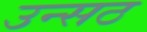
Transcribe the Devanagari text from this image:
उन्सठ